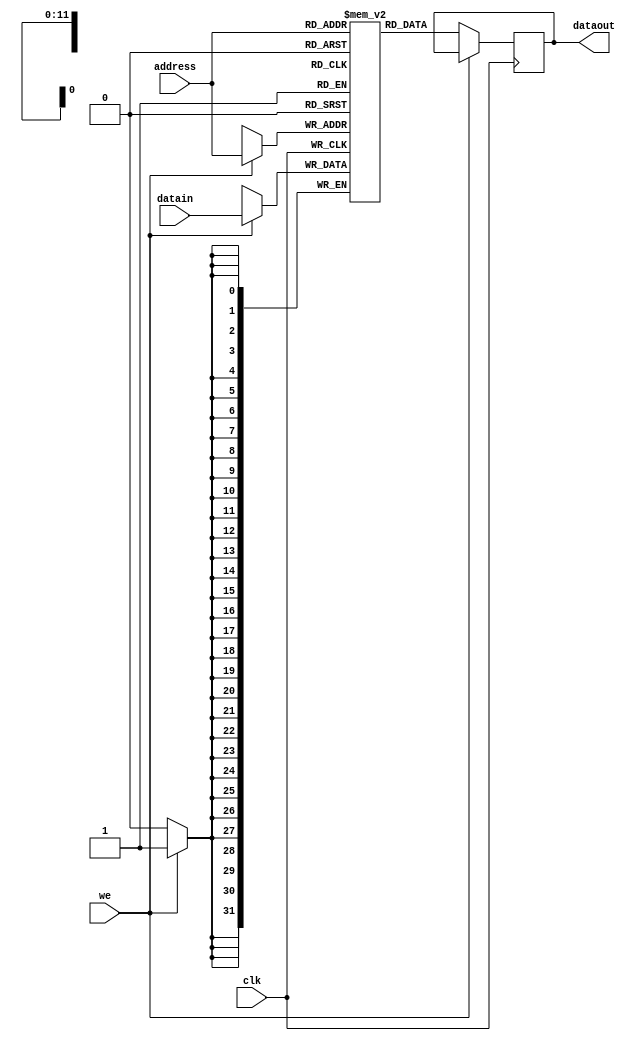
`timescale 1ns / 1ps
//////////////////////////////////////////////////////////////////////////////////
// Company: 
// Engineer: 
// 
// Design Name: 
// Module Name:    mem 
// Project Name: 
// Target Devices: 
// Tool versions: 
// Description: 
//
// Dependencies: 
//
// Revision: 
// Revision 0.01 - File Created
// Additional Comments: 
//
//////////////////////////////////////////////////////////////////////////////////
module mem( input clk,
				input [31:0] datain,
				output reg [31:0] dataout,
				input we,
				input [11:0] address
    );

	reg [31:0] memory [0:4095];
	
	always @(posedge clk) begin
		if(we)
			memory[address]<=datain;
		else
			dataout<=memory[address];
	end

endmodule